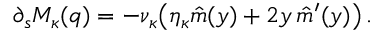
\partial _ { s } M _ { \kappa } ( q ) = - \nu _ { \kappa } \big ( \eta _ { \kappa } \hat { m } ( y ) + 2 y \, \hat { m } ^ { \prime } ( y ) \big ) \, .